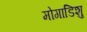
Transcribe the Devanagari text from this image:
मोगाडिशु